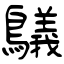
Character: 鸃